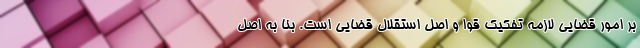
بر امور قضایی لازمه تفکیک قوا و اصل استقلال قضایی است. بنا به اصل